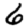
Digit: 6